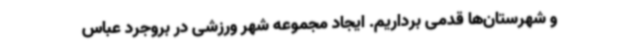
و شهرستان‌ها قدمی برداریم. ایجاد مجموعه شهر ورزشی در بروجرد عباس